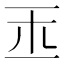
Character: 𤣪